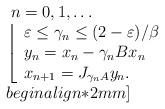
LaTeX: \begin{align*}\begin{array}{l}\;n=0,1,\ldots\\\left\lfloor\begin{array}{l}\varepsilon\leq\gamma_n\leq(2-\varepsilon)/\beta\\y_n=x_n-\gamma_n Bx_n\\x_{n+1}=J_{\gamma_n A}y_n.\end{array}\right.\\begin{align*}2mm]\end{array}\end{align*}